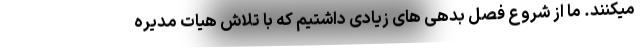
میکنند. ما از شروع فصل بدهی های زیادی داشتیم که با تلاش هیات مدیره